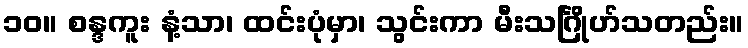
၁၀။ စန္ဒကူး နံ့သာ၊ ထင်းပုံမှာ၊ သွင်းကာ မီးသင်္ဂြိုဟ်သတည်း။